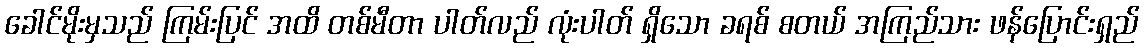
ခေါင်မိုးမှသည် ကြမ်းပြင် အထိ တစ်မီတာ ပါတ်လည် လုံးပါတ် ရှိသော ခရစ် စတယ် အကြည်သား ဖန်ပြောင်းရှည်